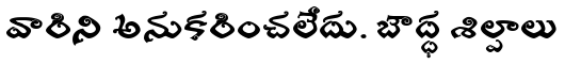
వారిని అనుకరించలేదు. బౌద్ధ శిల్పాలు